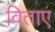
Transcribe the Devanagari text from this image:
विताए